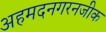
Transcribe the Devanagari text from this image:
अहमदनगरनजीक